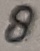
Text: 8